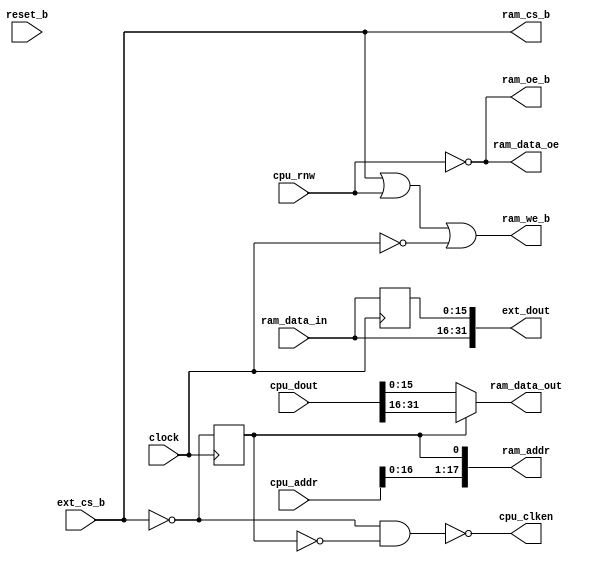
module memory_controller
  (
   clock,
   reset_b,

   // CPU Signals
   ext_cs_b,
   cpu_rnw,
   cpu_clken,
   cpu_addr,
   cpu_dout,
   ext_dout,

   // Ram Signals
   ram_cs_b,
   ram_oe_b,
   ram_we_b,
   ram_data_in,
   ram_data_out,
   ram_data_oe,
   ram_addr
   );

   parameter DSIZE        = 32;
   parameter ASIZE        = 20;

   input                 clock;
   input                 reset_b;

   // CPU Signals
   input                 ext_cs_b;
   input                 cpu_rnw;
   output                cpu_clken;
   input [ASIZE-1:0]     cpu_addr;
   input [DSIZE-1:0]     cpu_dout;
   output [DSIZE-1:0]    ext_dout;

   // Ram Signals
   output                ram_cs_b;
   output                ram_oe_b;
   output                ram_we_b;
   output [17:0]         ram_addr;

   input  [15:0]         ram_data_in;
   output [15:0]         ram_data_out;
   output                ram_data_oe;

   wire                  ext_a_lsb;
   reg [15:0]            ram_data_last;
   reg                   count;

   // Count 0..1 during external memory cycles
   always @(posedge clock)
     count <= !ext_cs_b;

   // Drop clken for 1 cycle during an external memory access
   assign cpu_clken = !(!ext_cs_b && !count);

   // A0 = 0 for count 0 (low half-word) and A0 = 1 for count 1 (high half-word)
   assign ext_a_lsb = count;
   
   // The low byte is registered at the end of cycle 0
   // The high byte is consumed directly from RAM at the end of cycle 1
   always @(posedge clock)
     ram_data_last <= ram_data_in;

   assign ext_dout = { ram_data_in, ram_data_last };

   // ---------------------------------------------
   // external RAM
   // ---------------------------------------------

   assign ram_addr = {cpu_addr[16:0], ext_a_lsb};
   assign ram_cs_b = ext_cs_b;
   assign ram_oe_b = !cpu_rnw;
   assign ram_we_b = ext_cs_b | cpu_rnw | (!clock);

   assign ram_data_oe = !cpu_rnw;
   assign ram_data_out  = ext_a_lsb == 1 ? cpu_dout[31:16]  :
                                           cpu_dout[15:0]   ;

endmodule